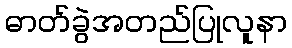
ဓာတ်ခွဲအတည်ပြုလူနာ